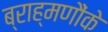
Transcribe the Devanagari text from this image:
ब्राह्मणौंके